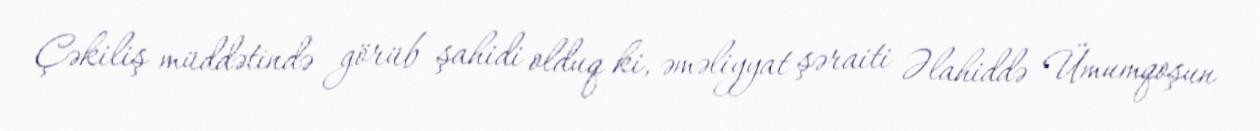
Çəkiliş müddətində görüb şahidi olduq ki, əməliyyat şəraiti Əlahiddə Ümumqoşun